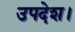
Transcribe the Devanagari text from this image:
उपदेश।